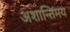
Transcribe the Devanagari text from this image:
अशान्तिमय